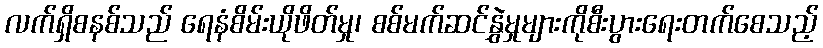
လက်ရှိစနစ်သည် ရေနံစိမ်းယိုဖိတ်မှု၊ စစ်မက်ဆင်နွှဲမှုများကိုစီးပွားရေးတက်စေသည့်